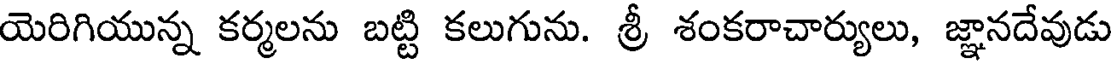
యెరిగియున్న కర్మలను బట్టి కలుగును. శ్రీ శంకరాచార్యులు, జ్ఞానదేవుడు